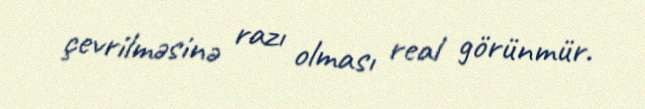
çevrilməsinə razı olması real görünmür.